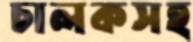
চালকসহ